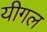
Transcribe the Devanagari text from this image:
यीगल